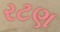
રટણ